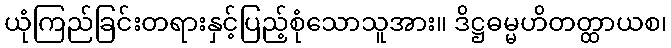
ယုံကြည်ခြင်းတရားနှင့်ပြည့်စုံသောသူအား။ ဒိဋ္ဌဓမ္မဟိတတ္ထာယစ၊